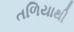
તળિયાથી